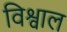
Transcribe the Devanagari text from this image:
विश्वाल